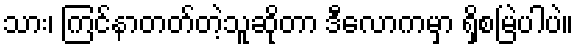
သား၊ ကြင်နာတတ်တဲ့သူဆိုတာ ဒီလောကမှာ ရှိစမြဲပါပဲ။